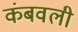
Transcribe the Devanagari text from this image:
कंबवली